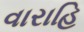
વારાહિ